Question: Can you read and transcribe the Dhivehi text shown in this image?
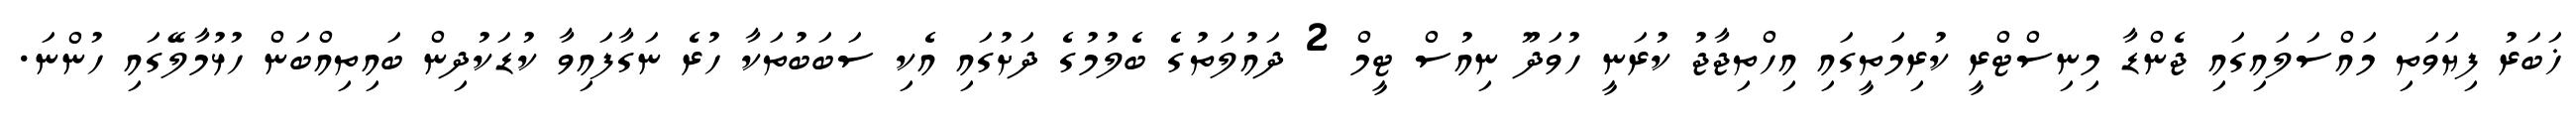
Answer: ޚަބަރު ފިޔަވަތި މައްސަލައިގައި ޖެންޑާ މިނިސްޓްރީ ކުރިމަތީގައި އިހްތިޖާޖު ކުރަނީ ހުވަދޫ ނިއުސް ޓީމް 2 ދައުލަތުގެ ބެލުމުގެ ދަށުގައި އެކި ސަބަބުތަކާ ހުރެ ނަގާފައިވާ ކުޑަކުދިން ބައިތިއްބަން ހުޅުމާލޭގައި ހުންނަ.